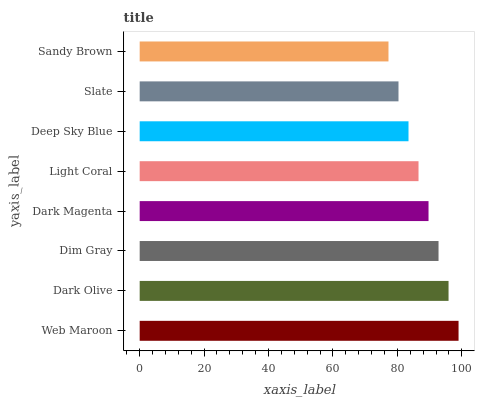
| yaxis_label | bars |
 | --- | --- |
 | Web Maroon | 99 |
 | Dark Olive | 95.9 |
 | Dim Gray | 92.8 |
 | Dark Magenta | 89.7 |
 | Light Coral | 86.6 |
 | Deep Sky Blue | 83.5 |
 | Slate | 80.4 |
 | Sandy Brown | 77.2 |